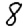
Digit: 8